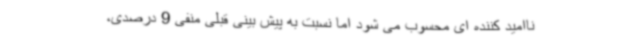
ناامید کننده ای محسوب می شود اما نسبت به پیش بینی قبلی منفی 9 درصدی،